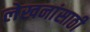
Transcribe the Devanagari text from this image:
लेखनांसाठी